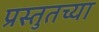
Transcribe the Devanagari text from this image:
प्रस्तुतच्या